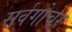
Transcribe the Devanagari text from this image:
सर्वगोचर